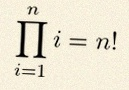
\prod_{i=1}^{n}i=n!